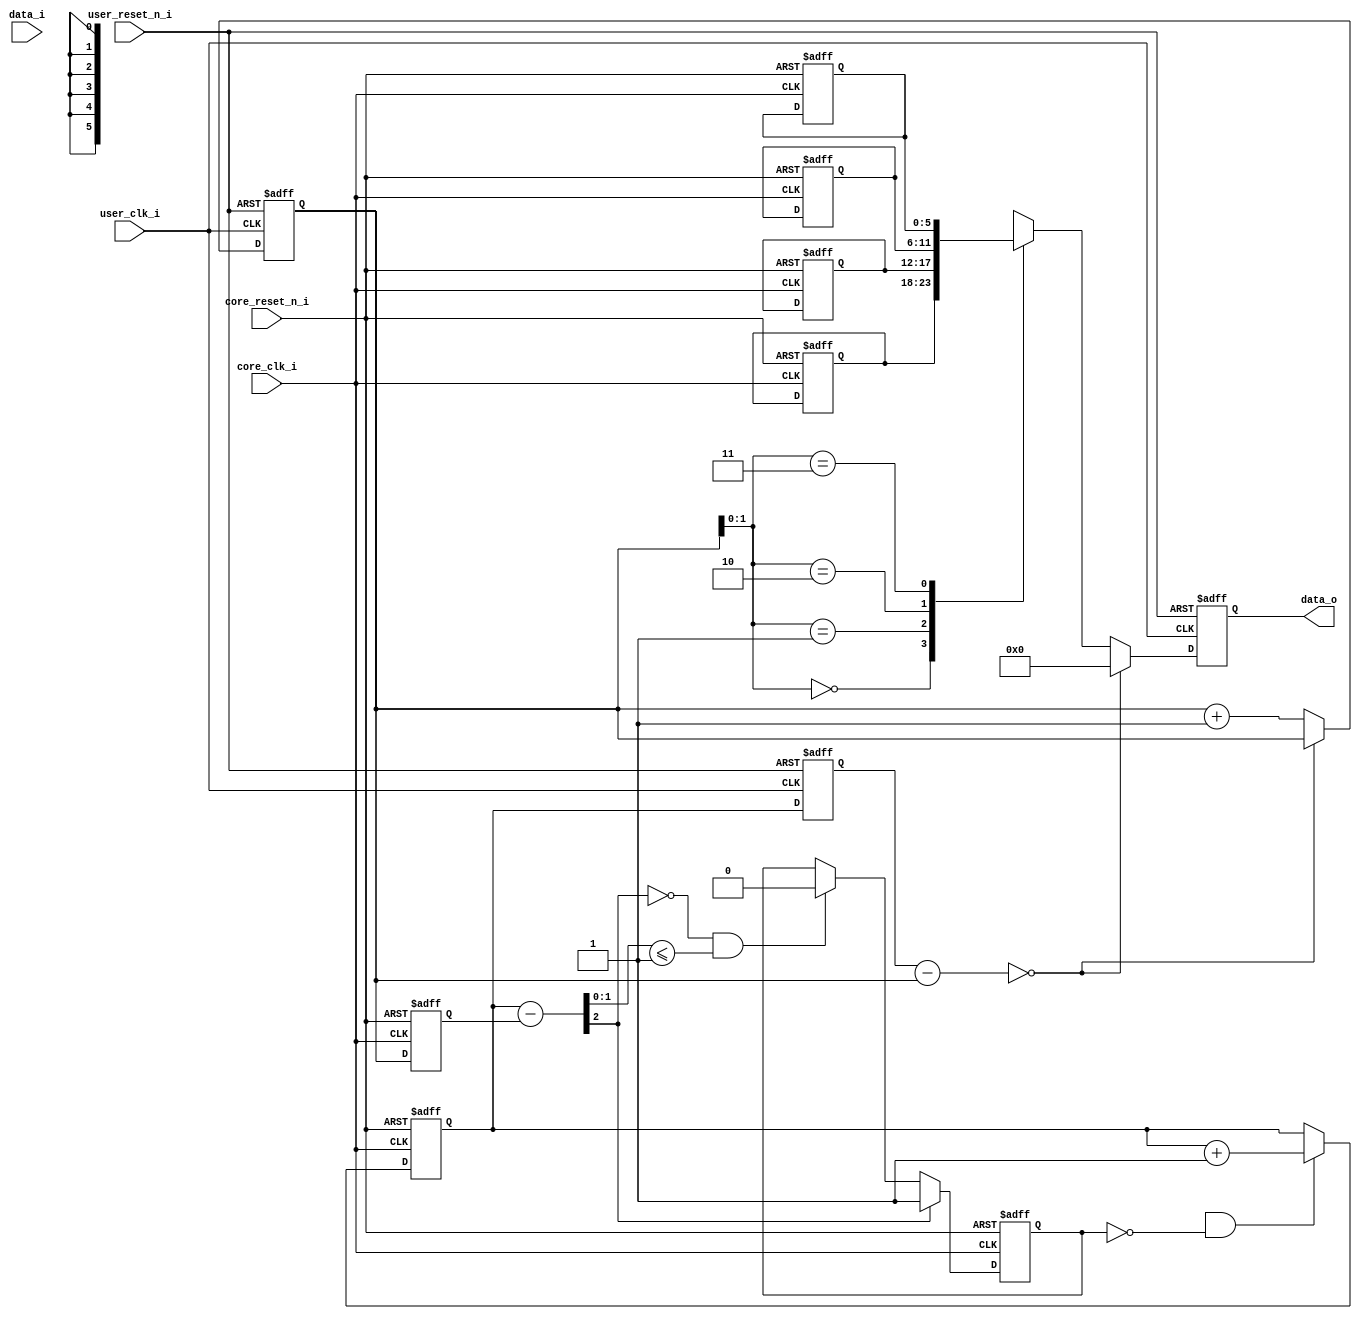
//-----------------------------------------------------------------------------
//
// (c) Copyright 2012-2012 Xilinx, Inc. All rights reserved.
//
// This file contains confidential and proprietary information
// of Xilinx, Inc. and is protected under U.S. and
// international copyright and other intellectual property
// laws.
//
// DISCLAIMER
// This disclaimer is not a license and does not grant any
// rights to the materials distributed herewith. Except as
// otherwise provided in a valid license issued to you by
// Xilinx, and to the maximum extent permitted by applicable
// law: (1) THESE MATERIALS ARE MADE AVAILABLE "AS IS" AND
// WITH ALL FAULTS, AND XILINX HEREBY DISCLAIMS ALL WARRANTIES
// AND CONDITIONS, EXPRESS, IMPLIED, OR STATUTORY, INCLUDING
// BUT NOT LIMITED TO WARRANTIES OF MERCHANTABILITY, NON-
// INFRINGEMENT, OR FITNESS FOR ANY PARTICULAR PURPOSE; and
// (2) Xilinx shall not be liable (whether in contract or tort,
// including negligence, or under any other theory of
// liability) for any loss or damage of any kind or nature
// related to, arising under or in connection with these
// materials, including for any direct, or any indirect,
// special, incidental, or consequential loss or damage
// (including loss of data, profits, goodwill, or any type of
// loss or damage suffered as a result of any action brought
// by a third party) even if such damage or loss was
// reasonably foreseeable or Xilinx had been advised of the
// possibility of the same.
//
// CRITICAL APPLICATIONS
// Xilinx products are not designed or intended to be fail-
// safe, or for use in any application requiring fail-safe
// performance, such as life-support or safety devices or
// systems, Class III medical devices, nuclear facilities,
// applications related to the deployment of airbags, or any
// other applications that could lead to death, personal
// injury, or severe property or environmental damage
// (individually and collectively, "Critical
// Applications"). Customer assumes the sole risk and
// liability of any use of Xilinx products in Critical
// Applications, subject only to applicable laws and
// regulations governing limitations on product liability.
//
// THIS COPYRIGHT NOTICE AND DISCLAIMER MUST BE RETAINED AS
// PART OF THIS FILE AT ALL TIMES.
//
//-----------------------------------------------------------------------------
//
// Project    : UltraScale+ FPGA PCI Express v4.0 Integrated Block
// Version    : 1.3 
//-----------------------------------------------------------------------------

`timescale 1ps/1ps

(* DowngradeIPIdentifiedWarnings = "yes" *)
module pcie4_uscale_plus_0_seqnum_fifo #(

  // Parameters

  parameter            TCQ                               = 1,
  parameter 		       RAM_WIDTH                         = 6,
  parameter 		       RAM_DEPTH                         = 4,
  parameter 		       ADDR_WIDTH                        = 2,
  parameter 		       FIFO_FULL_HIGH_THRESHOLD          = 3'd4,
  parameter 		       FIFO_FULL_LOW_THRESHOLD           = 3'd1,

  parameter 		       IN_FSM_SIZE                       = 2,
  parameter 		       IN_FSM_IDLE                       = 2'b01,
  parameter 		       IN_FSM_CHANGE                     = 2'b10,
  parameter            NO_UPDATE_PREV_DATA_ON_FIFO_FULL  = 1'b0
  )
  (
  input 	                    core_reset_n_i,
  input                       core_clk_i,

  input                       user_reset_n_i,
  input                       user_clk_i,

  input  [(RAM_WIDTH-1):0]    data_i, 
  output [(RAM_WIDTH-1):0]    data_o

  );  


  // Local Registers

  reg [RAM_WIDTH-1:0] 	       reg_ram[RAM_DEPTH-1:0];

  integer                      index;
  reg [ADDR_WIDTH:0] 	       write_addr;
  reg [ADDR_WIDTH:0] 	       write_addr_read_clk;
  reg [ADDR_WIDTH:0] 	       read_addr;
  reg [ADDR_WIDTH:0] 	       read_addr_wrclk;
  reg 			       fifo_full;

  reg [(IN_FSM_SIZE-1):0]      reg_in_fsm_state /* synthesis syn_state_machine=1 */;
  reg [(IN_FSM_SIZE-1):0]      reg_in_fsm_next_state;

  reg [(RAM_WIDTH-1):0]        reg_prev_data;
  reg [(RAM_WIDTH-1):0]        reg_out_data;

  reg [(RAM_WIDTH-1):0]        data_int;

  // Local wires

  wire [ADDR_WIDTH:0] 	       write_addr_next;
  wire [ADDR_WIDTH:0] 	       read_addr_next;
  wire [ADDR_WIDTH:0] 	       read_side_occupancy;
  wire [ADDR_WIDTH:0] 	       write_side_occupancy;
  wire 			       read_data_valid;
  wire 			       fifo_empty;
  wire 			       write_enable;
  wire [RAM_WIDTH-1:0] 	       ram_write_data;
  wire [RAM_WIDTH-1:0] 	       ram_read_data;

  wire [(RAM_WIDTH-1):0]       prev_data_w;
 
  wire [(IN_FSM_SIZE-1):0]     in_fsm_state_w;

  //  Capture data_i
  always @(posedge core_clk_i or negedge core_reset_n_i)
    if (~core_reset_n_i)
      data_int <= #(TCQ) {RAM_WIDTH{1'b0}};
    else 
      data_int <= #(TCQ) data_i;

  // Capture LTSSM state on change
  always @(posedge core_clk_i or negedge core_reset_n_i)
    if (~core_reset_n_i)
      reg_prev_data <= #(TCQ) {RAM_WIDTH{1'b0}};
    else if (((data_int != prev_data_w) || (in_fsm_state_w == IN_FSM_CHANGE) ) & 
	     (~NO_UPDATE_PREV_DATA_ON_FIFO_FULL | (~fifo_full & NO_UPDATE_PREV_DATA_ON_FIFO_FULL)))
      reg_prev_data <= #(TCQ) data_int;
  
  // FSM Looks for change in the LTSSM state

  always @(posedge core_clk_i or negedge core_reset_n_i)
    if (~core_reset_n_i)
      reg_in_fsm_state <= #(TCQ) IN_FSM_IDLE;
    else
      reg_in_fsm_state <= #(TCQ) reg_in_fsm_next_state;

  // FSM Next State Logic

  always @( * )
    case (in_fsm_state_w)
      IN_FSM_IDLE :
        if (data_int != reg_prev_data)
          reg_in_fsm_next_state = IN_FSM_CHANGE;
        else
          reg_in_fsm_next_state = IN_FSM_IDLE;
      IN_FSM_CHANGE : 
        reg_in_fsm_next_state = IN_FSM_IDLE;
      default : 
        reg_in_fsm_next_state = IN_FSM_IDLE;
    endcase   

  // FIFO Write Side Processes

  assign  ram_write_data = data_int;
  //assign  write_enable = (data_int != prev_data_w) || (in_fsm_state_w == IN_FSM_CHANGE);
  assign  write_enable = (data_int[6]);
  assign  write_addr_next = write_addr + {{ADDR_WIDTH{1'b0}}, 1'b1};

  always @(posedge core_clk_i or negedge core_reset_n_i)
    if (~core_reset_n_i)
      write_addr <= {ADDR_WIDTH+1{1'b0}};
    else if (write_enable & ~fifo_full)
      write_addr <= write_addr_next;

  // Write into RAM 
  always @(posedge core_clk_i or negedge core_reset_n_i)
    if (~core_reset_n_i)
      begin
	for (index=0; index < RAM_DEPTH; index=index+1)
	  reg_ram[index] <= {RAM_WIDTH{1'b0}};
      end
    else if (write_enable)
      reg_ram[write_addr[ADDR_WIDTH-1:0]] <= ram_write_data;

  // FIFO Read Side Processes

  assign      read_addr_next = read_addr +  {{ADDR_WIDTH-1{1'b0}}, 1'b1};

  always @(posedge user_clk_i or negedge user_reset_n_i)
    if (~user_reset_n_i)
      read_addr <= {ADDR_WIDTH+1{1'b0}};
    else if (read_data_valid)
      read_addr <= read_addr_next;

  // Convert write pointer to the read clk domain
  always @(posedge user_clk_i or negedge user_reset_n_i)
    if (~user_reset_n_i)
      write_addr_read_clk <= {ADDR_WIDTH+1{1'b0}};
    else
      write_addr_read_clk <= write_addr;
  
  // Maintain read-side occupancy
  assign read_side_occupancy = (write_addr_read_clk - read_addr);
  assign fifo_empty = (read_side_occupancy == {ADDR_WIDTH+1{1'b0}});
  assign read_data_valid = ~fifo_empty;
  assign ram_read_data = reg_ram[read_addr[ADDR_WIDTH-1:0]];

  /* convert read pointer to write clock domain */
  always @(posedge core_clk_i or negedge core_reset_n_i)
    if (~core_reset_n_i)
      read_addr_wrclk <= {ADDR_WIDTH+1{1'b0}};
    else
      read_addr_wrclk <= read_addr;

  assign write_side_occupancy = write_addr - read_addr_wrclk;

  // Generate FIFO full condition
  always @(posedge core_clk_i or negedge core_reset_n_i)
    if (~core_reset_n_i)
      fifo_full <= 1'b0;
    else
      if (write_side_occupancy[ADDR_WIDTH] ||
	  (write_side_occupancy[ADDR_WIDTH-1:0] == FIFO_FULL_HIGH_THRESHOLD))
	fifo_full <= 1'b1;
      else
	// Clear when FIFO occupancy goes below low threshold
	if (~write_side_occupancy[ADDR_WIDTH] &&
	    (write_side_occupancy[ADDR_WIDTH-1:0] <= FIFO_FULL_LOW_THRESHOLD))
	  fifo_full <= 1'b0;

  // Latch Last
  always @(posedge user_clk_i or negedge user_reset_n_i)
    if (~user_reset_n_i)
      reg_out_data <= #(TCQ) {RAM_WIDTH{1'b0}};
    else
      if (read_data_valid)
        reg_out_data <= #(TCQ) ram_read_data;
      else
	reg_out_data <= #(TCQ) 'h0;

  // Assignments

  assign in_fsm_state_w = reg_in_fsm_state;
  assign data_o = reg_out_data;
  assign prev_data_w = reg_prev_data; 
  
endmodule // pcie3_ccm_fifo